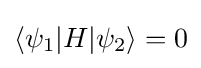
\langle \psi _{1}|H|\psi _{2}\rangle =0